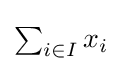
\textstyle \sum _{i\in I}x_{i}